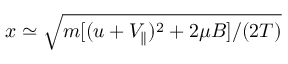
x \simeq \sqrt { m [ ( u + V _ { \parallel } ) ^ { 2 } + 2 \mu B ] / ( 2 T ) }